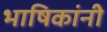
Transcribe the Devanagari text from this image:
भाषिकांनी